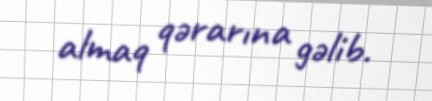
almaq qərarına gəlib.